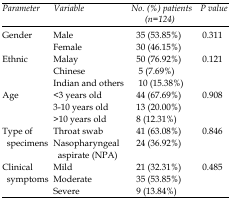
| Parameters | Variable | No. (%) patients(n=65) | P value |
 | --- | --- | --- | --- |
 | <ROWSPAN=2> Gender | Male | 35 (53.85%) | <ROWSPAN=2> 0.311 |
 | Female | 30 (46.15%) |
 | <ROWSPAN=3> Ethnic | Malay | 50 (76.92%) | <ROWSPAN=3> 0.121 |
 | Chinese | 5 (7.69%) |
 | Indian and others | 10 (15.38%) |
 | <ROWSPAN=3> Age | <3 years old | 44 (67.69%) | <ROWSPAN=3> 0.908 |
 | 3-10 years old | 13 (20.00%) |
 | >10 years old | 8 (12.31%) |
 | <ROWSPAN=2> Type of specimens | Throat swab | 41 (63.08%) | <ROWSPAN=2> 0.846 |
 | Nasopharyngeal aspirate (NPA) | 24 (36.92%) |
 | <ROWSPAN=3> Clinical symptoms | Mild | 21 (32.31%) | <ROWSPAN=3> 0.485 |
 | Moderate | 35 (53.85%) |
 | Severe | 9 (13.84%) |